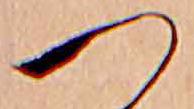
つ